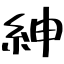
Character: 紳